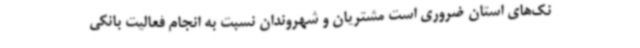
نک‌های استان ضروری است مشتریان و شهروندان نسبت به انجام فعالیت بانکی